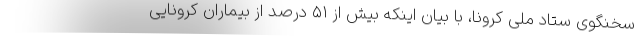
سخنگوی ستاد ملی کرونا، با بیان اینکه بیش از ۵۱ درصد از بیماران کرونایی